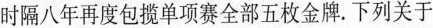
时隔八年再度包揽单项赛全部五枚金牌。下列关于